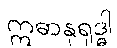
ဣဓာနုရုဒ္ဓါ